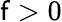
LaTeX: \mathsf{f}>0